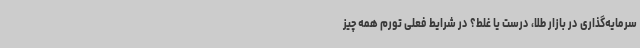
سرمایه‌گذاری در بازار طلا، درست یا غلط؟ در شرایط فعلی تورم همه چیز